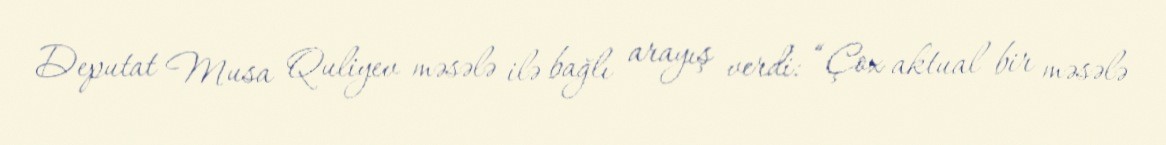
Deputat Musa Quliyev məsələ ilə bağlı arayış verdi: “Çox aktual bir məsələ